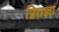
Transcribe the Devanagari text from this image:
प्रितज्ञा